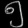
Digit: ၅